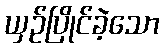
ယှဉ်ပြိုင်ခဲ့သော